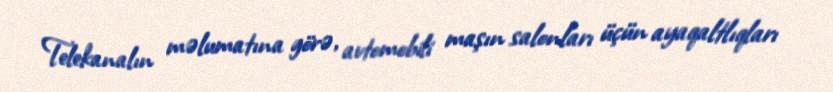
Telekanalın məlumatına görə, avtomobili maşın salonları üçün ayaqaltlıqları